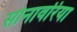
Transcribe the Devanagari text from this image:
सोनावरिया